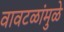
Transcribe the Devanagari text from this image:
वावटळांमुळे